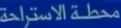
محطة الاستراحة